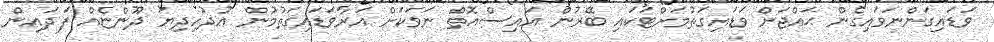
ވަޑައިގަންނަވައިގެން ޙައްޖަށް ވަޑައިގަތުމަށްޓަކައި ބޭރުން އައިސްއޮތް ނަވަކަށް އަރާވަޑައިގަތުމުން އުދުހިދިޔަ ދޫންޏެއް ފަދައިން